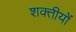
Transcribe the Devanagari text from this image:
शक्तीयों